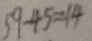
5 9 - 4 5 = 1 4